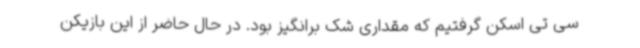
سی تی اسکن گرفتیم که مقداری شک برانگیز بود. در حال حاضر از این بازیکن